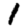
Digit: 1